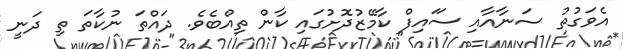
އެވަގުތު ސަނާއާއި ސަައިފް ކާމޭޒުދޮށުގައި ކާން ތިއްބެވެ. ދައްތަ ނުކާތަ ތި ދަނީ